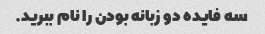
سه فایده دو زبانه بودن را نام ببرید.